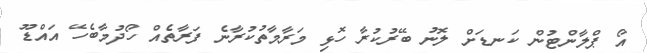
އޯ ޕްލާންޓުން ކަނޑަށް ލޮނު ބޭރުކުރާ ހޮޅި މަރާމާތުކުރާނެ ފަރާތެއް ހޯދުމާބެހޭ އައްޑޫ